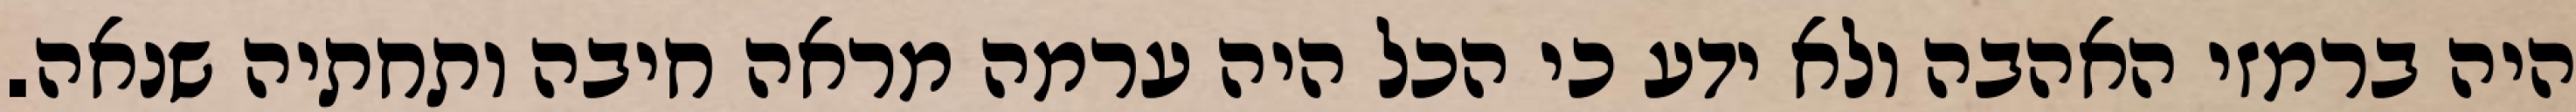
היה ברמזי האהבה ולא ידע כי הכל היה ערמה מראה חיבה ותחתיה שנאה.